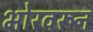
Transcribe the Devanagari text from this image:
भोरवरून